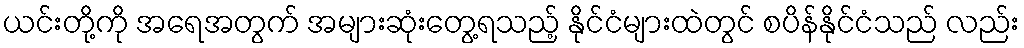
ယင်းတို့ကို အရေအတွက် အများဆုံးတွေ့ရသည့် နိုင်ငံများထဲတွင် စပိန်နိုင်ငံသည် လည်း